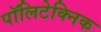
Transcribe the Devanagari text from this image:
पॉलिटेक्‍निक